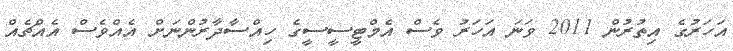
އަހަރުގެ އިތުރުން 2011 ވަނަ އަހަރު ވެސް އެމްޓީސީސީގެ ހިއްސާދާރުންނަށް އެއްވެސް އެއްޗެއް